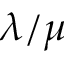
\lambda / \mu